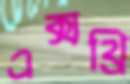
এক্সথ্রি